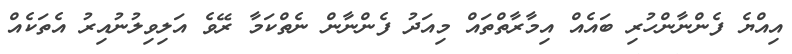
އިއްޔެ ފެންނާންހުރި ބައެއް އިމާރާތްތައް މިއަދު ފެންނާން ނެތްކަމާ ރޭވެ އަލިވިލުނުއިރު އެތަކެއް